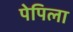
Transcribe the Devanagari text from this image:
पेपिला